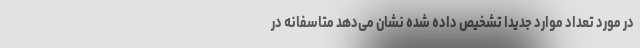
در مورد تعداد موارد جدیداً تشخیص داده شده نشان می‌دهد متاسفانه در